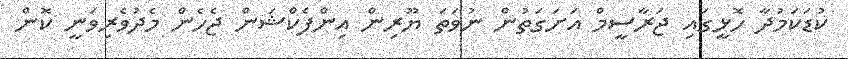
ކުޑަކަމުދާ ހޮޅީގައި ޖަރާސީމް އަށަގަތުން ނުވަތަ ޔޫރިން އިންފެކްޝަން ޖެހެން މެދުވެރިވަނީ ކޮން